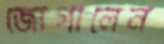
জোগালেন